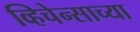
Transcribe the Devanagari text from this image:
व्हिचेन्साच्या